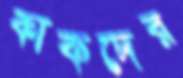
কাকদের